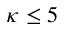
\kappa \leq 5